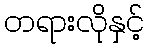
တရားလိုနှင့်